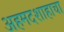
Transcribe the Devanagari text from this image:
अहमदशाहाचा